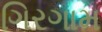
ગિરગામ